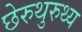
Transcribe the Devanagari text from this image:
छेरुथुरुथ्य